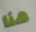
هنا